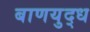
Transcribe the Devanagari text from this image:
बाणयुद्ध